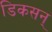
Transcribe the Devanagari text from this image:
डिकसन्